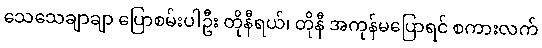
သေသေချာချာ ပြောစမ်းပါဦး တိုနီရယ်၊ တိုနီ အကုန်မပြောရင် စကားလက်